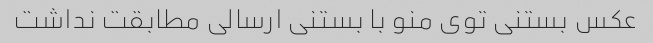
عکس بستنی توی منو با بستنی ارسالی مطابقت نداشت